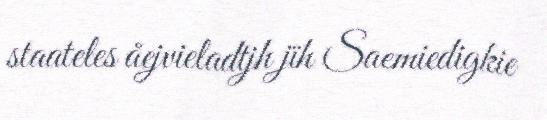
staateles åejvieladtjh jïh Saemiedigkie